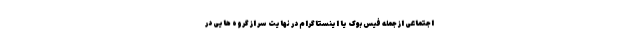
اجتماعی از جمله فیس بوک یا اینستاگرام در نهایت سر از گروه هایی در